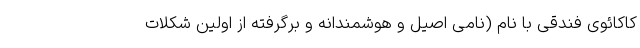
کاکائوی فندقی با نام (نامی اصیل و هوشمندانه و برگرفته از اولین شکلات